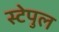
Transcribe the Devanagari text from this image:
स्टेपुल